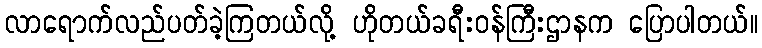
လာရောက်လည်ပတ်ခဲ့ကြတယ်လို့ ဟိုတယ်ခရီးဝန်ကြီးဌာနက ပြောပါတယ်။